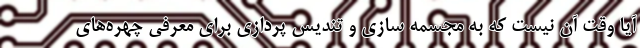
آیا وقت آن نیست که به مجسمه سازی و تندیس پردازی برای معرفی چهره‌های